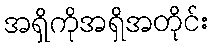
အရှိကိုအရှိအတိုင်း